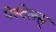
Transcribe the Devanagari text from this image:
पेस्टेलस्